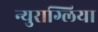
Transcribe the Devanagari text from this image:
न्युराग्लिया